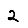
Digit: 2